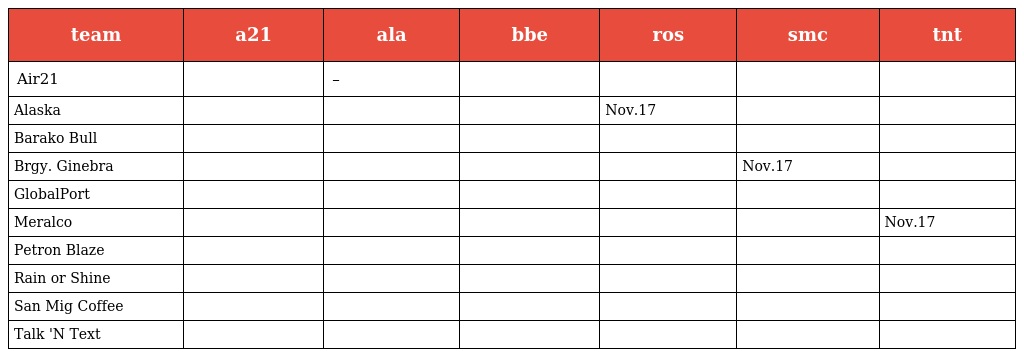
| team | a21 | ala | bbe | ros | smc | tnt |
 | --- | --- | --- | --- | --- | --- | --- |
 | Air21 |  | – |  |  |  |  |
 | Alaska |  |  |  | Nov.17 |  |  |
 | Barako Bull |  |  |  |  |  |  |
 | Brgy. Ginebra |  |  |  |  | Nov.17 |  |
 | GlobalPort |  |  |  |  |  |  |
 | Meralco |  |  |  |  |  | Nov.17 |
 | Petron Blaze |  |  |  |  |  |  |
 | Rain or Shine |  |  |  |  |  |  |
 | San Mig Coffee |  |  |  |  |  |  |
 | Talk 'N Text |  |  |  |  |  |  |